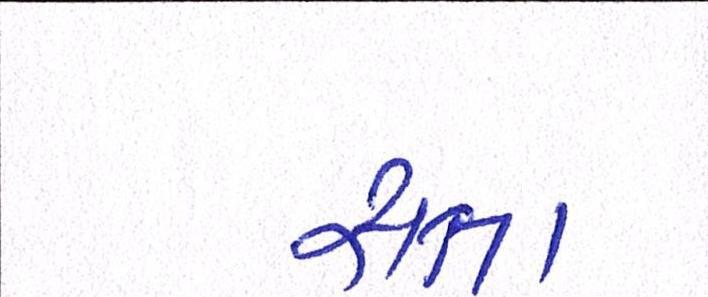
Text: સત્તા